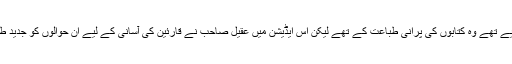
مصنف نے جو حوالہ جات دئیے تھے وہ کتابوں کی پرانی طباعت کے تھے لیکن اس ایڈیشن میں عقیل صاحب نے قارئین کی آسانی کے لیے ان حوالوں کو جدید طباعت کے مطابق کر دیا ہے۔